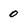
Character: 0